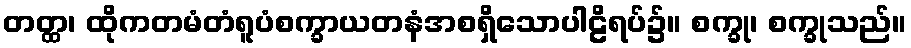
တတ္ထ၊ ထိုကတမံတံရူပံစက္ခာယတနံအစရှိသောပါဠိရပ်၌။ စက္ခု၊ စက္ခုသည်။